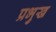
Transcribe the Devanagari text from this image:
प्रभुख